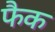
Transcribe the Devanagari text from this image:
फैक